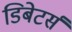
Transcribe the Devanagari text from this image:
डिबेटर्स